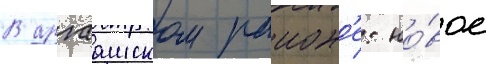
В аргаашском раион'е: но́вое